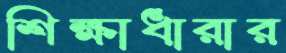
শিক্ষাধারার